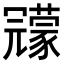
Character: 𠖨